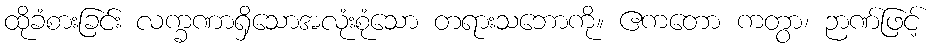
ထိုခံစားခြင်း လက္ခဏာရှိသောအလုံးစုံသော တရားသဘောကို။ ဧကတော ကတွာ၊ ဉာဏ်ဖြင့်